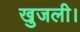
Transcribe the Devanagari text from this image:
खुजली।